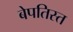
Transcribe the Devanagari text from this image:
बेपतिस्त